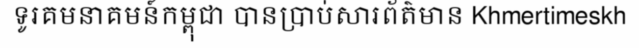
ទូរគមនាគមន៍កម្ពុជា បានប្រាប់សារព័ត៌មាន Khmertimeskh